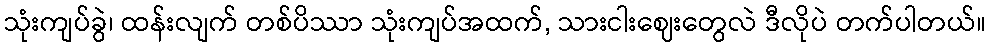
သုံးကျပ်ခွဲ၊ ထန်းလျက် တစ်ပိဿာ သုံးကျပ်အထက်, သားငါးဈေးတွေလဲ ဒီလိုပဲ တက်ပါတယ်။